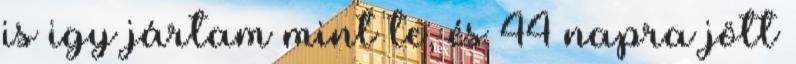
is igy jártam mint te, és 44 napra jött